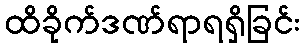
ထိခိုက်ဒဏ်ရာရရှိခြင်း